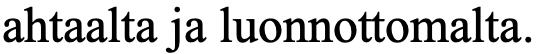
ahtaalta ja luonnottomalta.